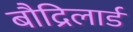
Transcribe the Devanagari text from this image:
बौद्रिलार्ड